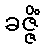
ခဇ္ဇိံ